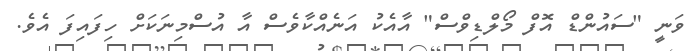
ވަނީ "ސައުންޑް އޮފް މޯލްޑިވްސް" އާއެކު އަނެއްކާވެސް އާ އުސްމިނަކަށް ހިފައިފަ އެވެ.